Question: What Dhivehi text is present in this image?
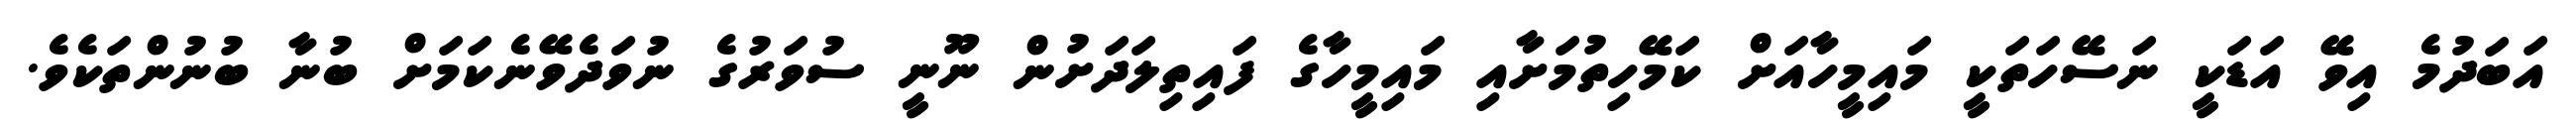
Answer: އަބަދުމެ އިވޭ އަޑަކީ ނަސޭހަތަކީ މައިމީހާއަށް ކަމޭހިތުމަށާއި މައިމީހާގެ ފައިތިލަދަށުން ނޫނީ ސުވަރުގެ ނުވަދެވޭނެކަމަށް ބުނާ ބުނުންތަކެވެ.